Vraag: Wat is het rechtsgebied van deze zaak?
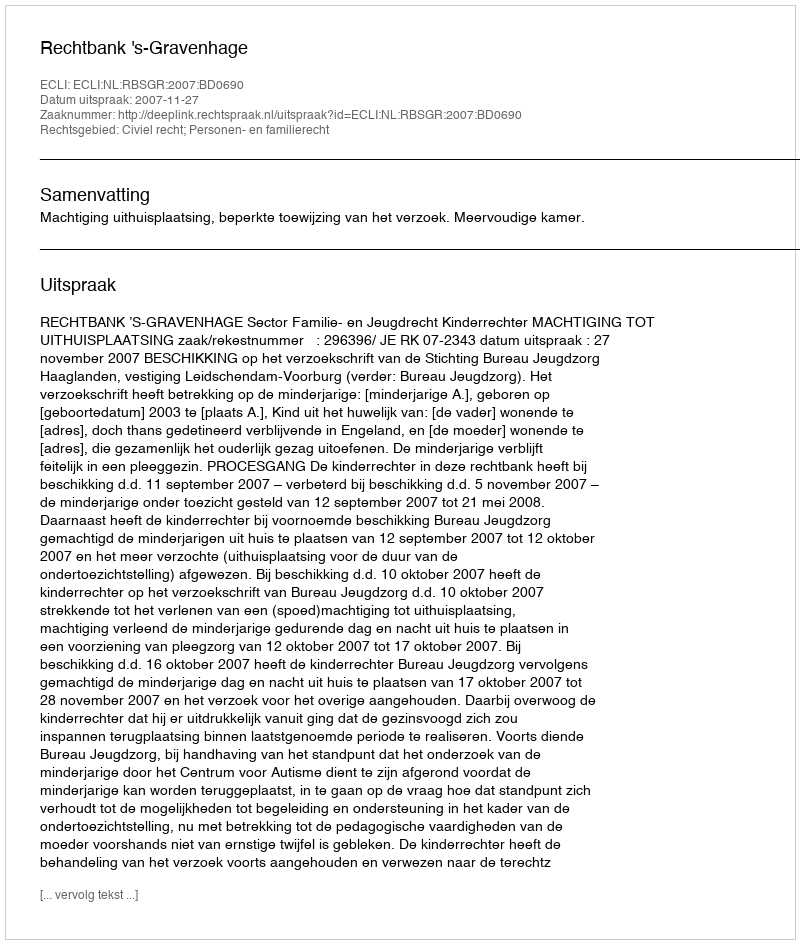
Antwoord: Civiel recht; Personen- en familierecht